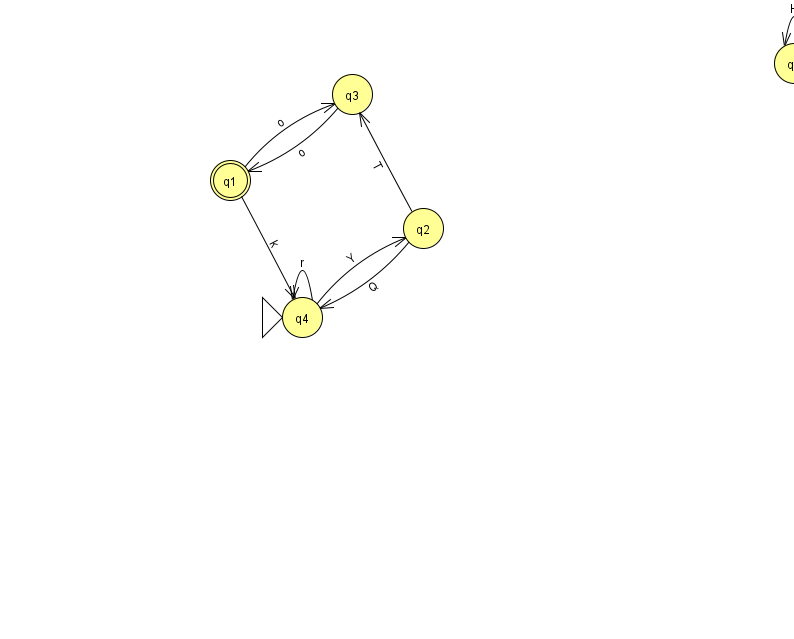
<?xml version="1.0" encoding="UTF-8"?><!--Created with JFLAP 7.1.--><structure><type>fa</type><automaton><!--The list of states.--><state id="0" name="q0"><x>794.0</x><y>50.0</y></state><state id="1" name="q1"><x>230.0</x><y>167.0</y><final/></state><state id="2" name="q2"><x>423.0</x><y>215.0</y></state><state id="3" name="q3"><x>352.0</x><y>81.0</y></state><state id="4" name="q4"><x>302.0</x><y>304.0</y><initial/></state><!--The list of transitions.--><transition><from>2</from><to>4</to><read>Q</read></transition><transition><from>4</from><to>4</to><read>r</read></transition><transition><from>2</from><to>3</to><read>T</read></transition><transition><from>1</from><to>3</to><read>o</read></transition><transition><from>1</from><to>4</to><read>k</read></transition><transition><from>3</from><to>1</to><read>o</read></transition><transition><from>0</from><to>0</to><read>H</read></transition><transition><from>4</from><to>2</to><read>Y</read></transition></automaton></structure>